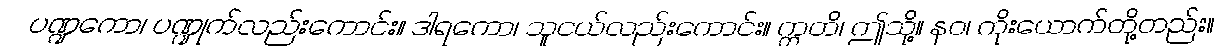
ပဏ္ဍကော၊ ပဏ္ဍုက်လည်းကောင်း။ ဒါရကော၊ သူငယ်လည်းကောင်း။ ဣတိ၊ ဤသို့။ နဝ၊ ကိုးယောက်တို့တည်း။